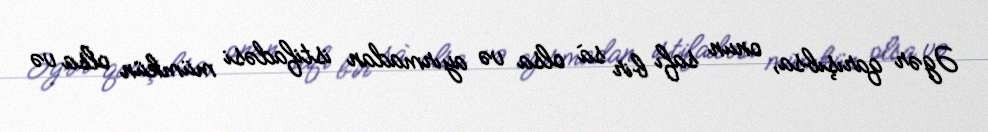
Əgər qarışıbsa, onun safı bir sa` olsa və ayırmadan istifadəsi mümkün olsa və